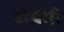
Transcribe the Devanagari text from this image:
डोम्रेमी